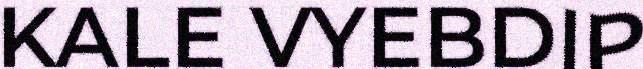
KALE VYEBDIP